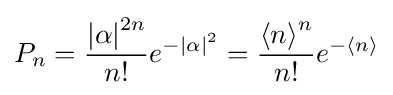
P_{n}={\frac {{\left\vert \alpha \right\vert }^{2n}}{n!}}e^{{-\left\vert \alpha \right\vert }^{2}}={\frac {{\langle n\rangle }^{n}}{n!}}e^{-\langle n\rangle }